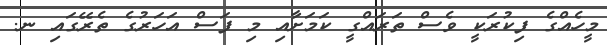
މީހެއްގެ ފިކުރަކީ ވެސް ތަރައްގީ ކަމަށާއި މި ފަސް އަހަރުގެ ތެރޭގައި ނ.